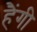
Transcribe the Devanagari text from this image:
हैंगी